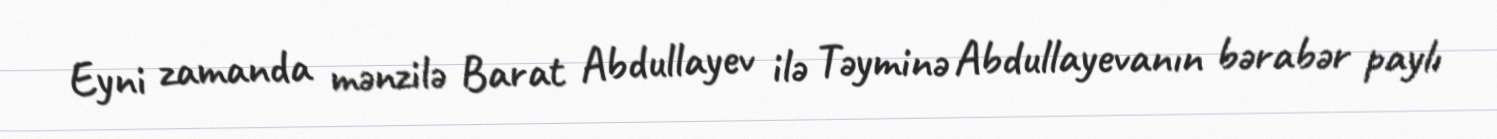
Eyni zamanda mənzilə Barat Abdullayev ilə Təyminə Abdullayevanın bərabər paylı